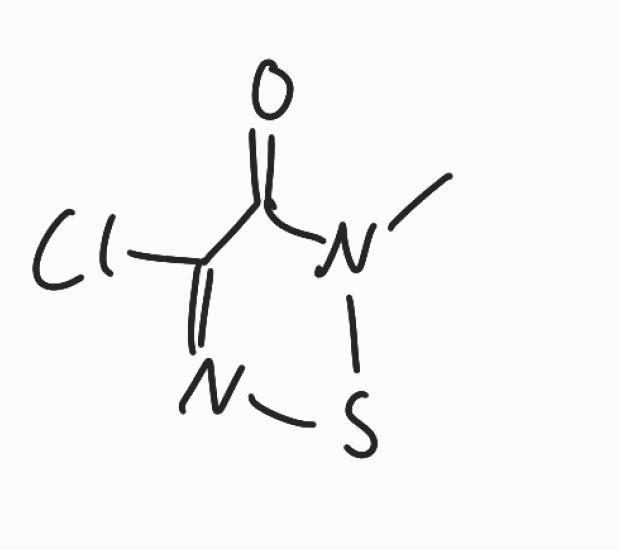
Simplified molecular-input line-entry system (SMILES) notation of the given molecule:
CN1C(=O)C(=NS1)Cl